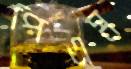
পিএম